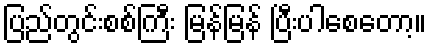
ပြည်တွင်းစစ်ကြီး မြန်မြန် ပြီးပါစေတော့။